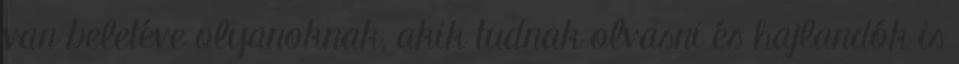
van beletéve olyanoknak, akik tudnak olvasni és hajlandók is